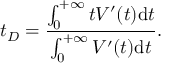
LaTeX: t _ { D } = { \frac { \int _ { 0 } ^ { + \infty } t V ^ { \prime } ( t ) \mathrm { d } t } { \int _ { 0 } ^ { + \infty } V ^ { \prime } ( t ) \mathrm { d } t } } .